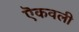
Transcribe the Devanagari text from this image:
ऎकवली